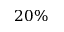
2 0 \%